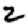
Digit: 2